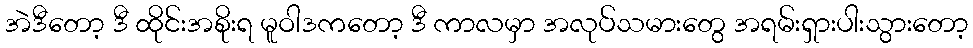
အဲဒီတော့ ဒီ ထိုင်းအစိုးရ မူဝါဒကတော့ ဒီ ကာလမှာ အလုပ်သမားတွေ အရမ်းရှားပါးသွားတော့